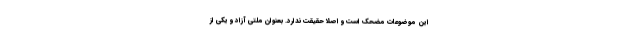
این موضوعات مضحک است و اصلا حقیقت ندارد. بعنوان ملتی آزاد و یکی از